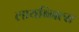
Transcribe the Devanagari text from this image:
लायब्नित्स